Leaving Certificate Examination, 1924
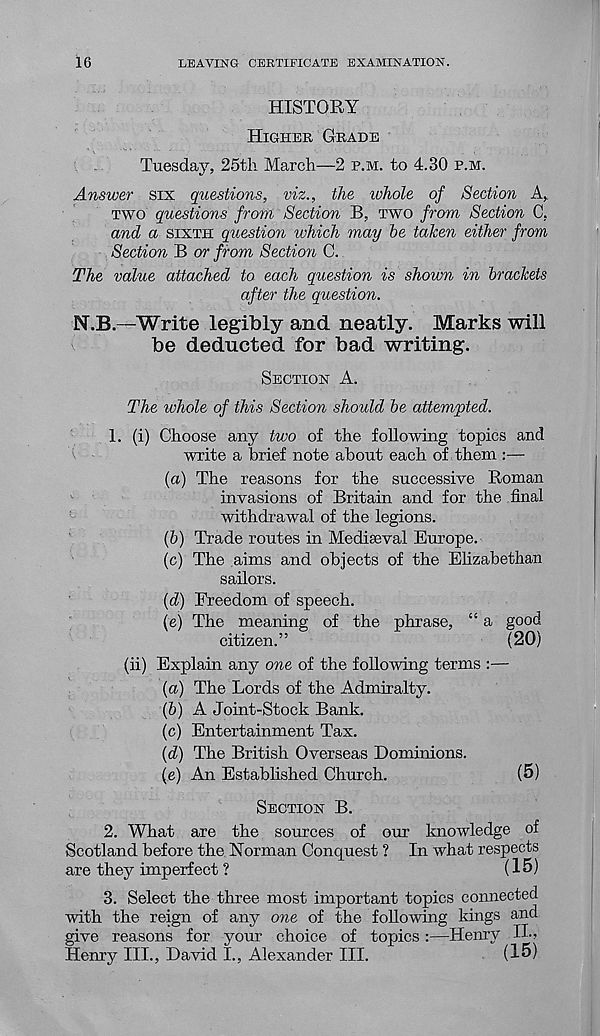
16
LEAVING CERTIFICATE EXAMINATION.
HISTORY
HIGHER GRADE
Tuesday, 25th March—2 P.M. to 4.30 P.M.
Answer six questions, viz., the tohole of Section A,
TWO questions front Section B, TWO from Section C,
and a SIXTH question which may Toe taken either from
Section B or from Section C.
The value attached to each question is shown in brackets
after the question.
N.B.—Write legibly and neatly. Marks will
be deducted for bad writing.
SECTION A.
The whole of this Section should be attempted.
1. (i) Choose any two of the folio whig topics and
write a brief note about each of them :—
(а) The reasons for the successive Roman
invasions of Britain and for the final
withdrawal of the legions.
(б) Trade routes in Mediaeval Europe.
(c) The aims and objects of the Elizabethan
sailors.
(d) Freedom of speech.
(e) The meaning of the phrase, “ a good
citizen.”
(20)
(ii) Explain any one of the following terms :—
(а) The Lords of the Admiralty.
(б) A Joint-Stock Bank.
(c) Entertainment Tax.
(d) The British Overseas Dominions.
(e) An Established Church.
(5)
SECTION B.
2. What are the sources of our knowledge of
Scotland before the Norman Conquest ? In what respects
are they imperfect ?
(15)
3. Select the three most important topics connected
with the reign of any one of the following kings and
give reasons for your choice of topics:—Henry H-?
Henry III., David I., Alexander III.
(15)